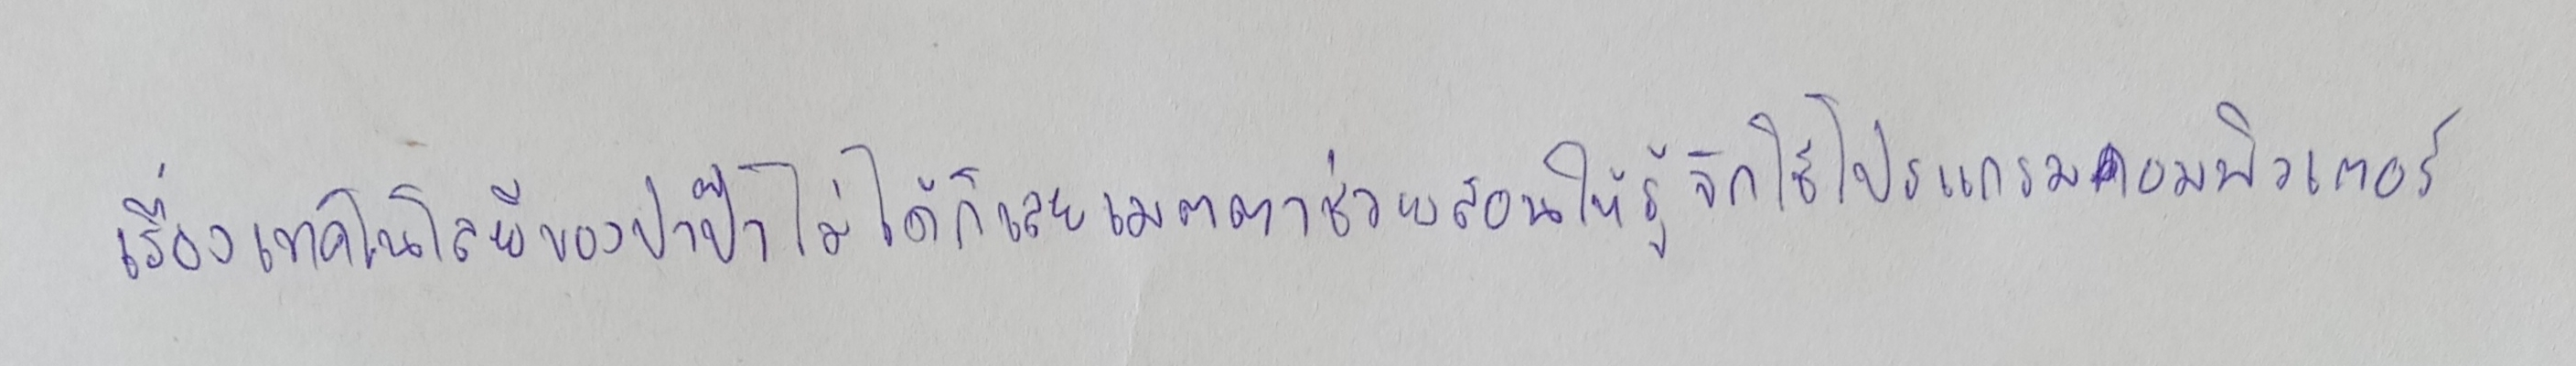
เรื่องเทคโนโลยีของปาป๊าไม่ได้ก็เลยเมตตาช่วยสอนให้รู้จักใช้โปรแกรมคอมพิวเตอร์